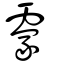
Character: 霥